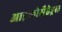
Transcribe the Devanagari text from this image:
आइकोसैहेड्रल